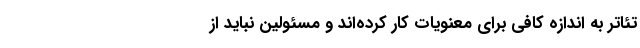
تئاتر به اندازه کافی برای معنویات کار کرده‌اند و مسئولین نباید از